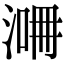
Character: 𣸙